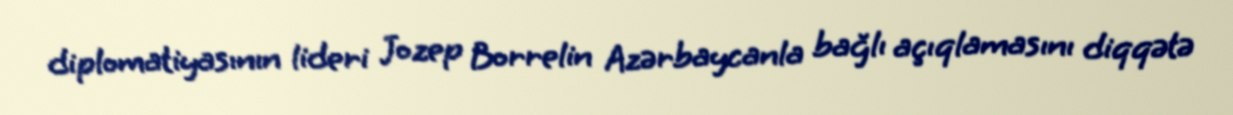
diplomatiyasının lideri Jozep Borrelin Azərbaycanla bağlı açıqlamasını diqqətə